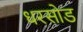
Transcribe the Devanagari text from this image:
धरसोड